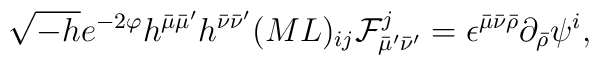
\sqrt{-h}e^{-2\varphi}h^{\bar{\mu}\bar{\mu}^{\prime}}h^{\bar{\nu}\bar{\nu}^{\prime}}(ML)_{ij}{\cal F}^j_{\bar{\mu}^{\prime}\bar{\nu}^{\prime}} =\epsilon^{\bar{\mu}\bar{\nu}\bar{\rho}}\partial_{\bar{\rho}}\psi^{i},